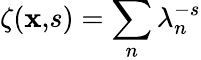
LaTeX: \zeta({\mathbf x,}s)=\sum_{n}\lambda_{n}^{-s}